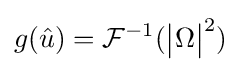
g({\hat {u}})={\mathcal {F}}^{-1}({{\begin{vmatrix}\Omega \end{vmatrix}}^{2}})